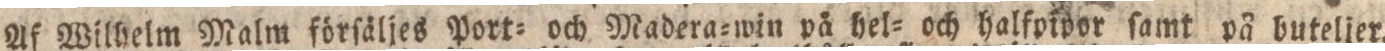
Af Wilhelm Malm förſäljes Port= och Madera=win på hel= och halfpipor ſamt på buteljer.